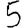
Digit: 5